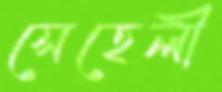
সেহেলী